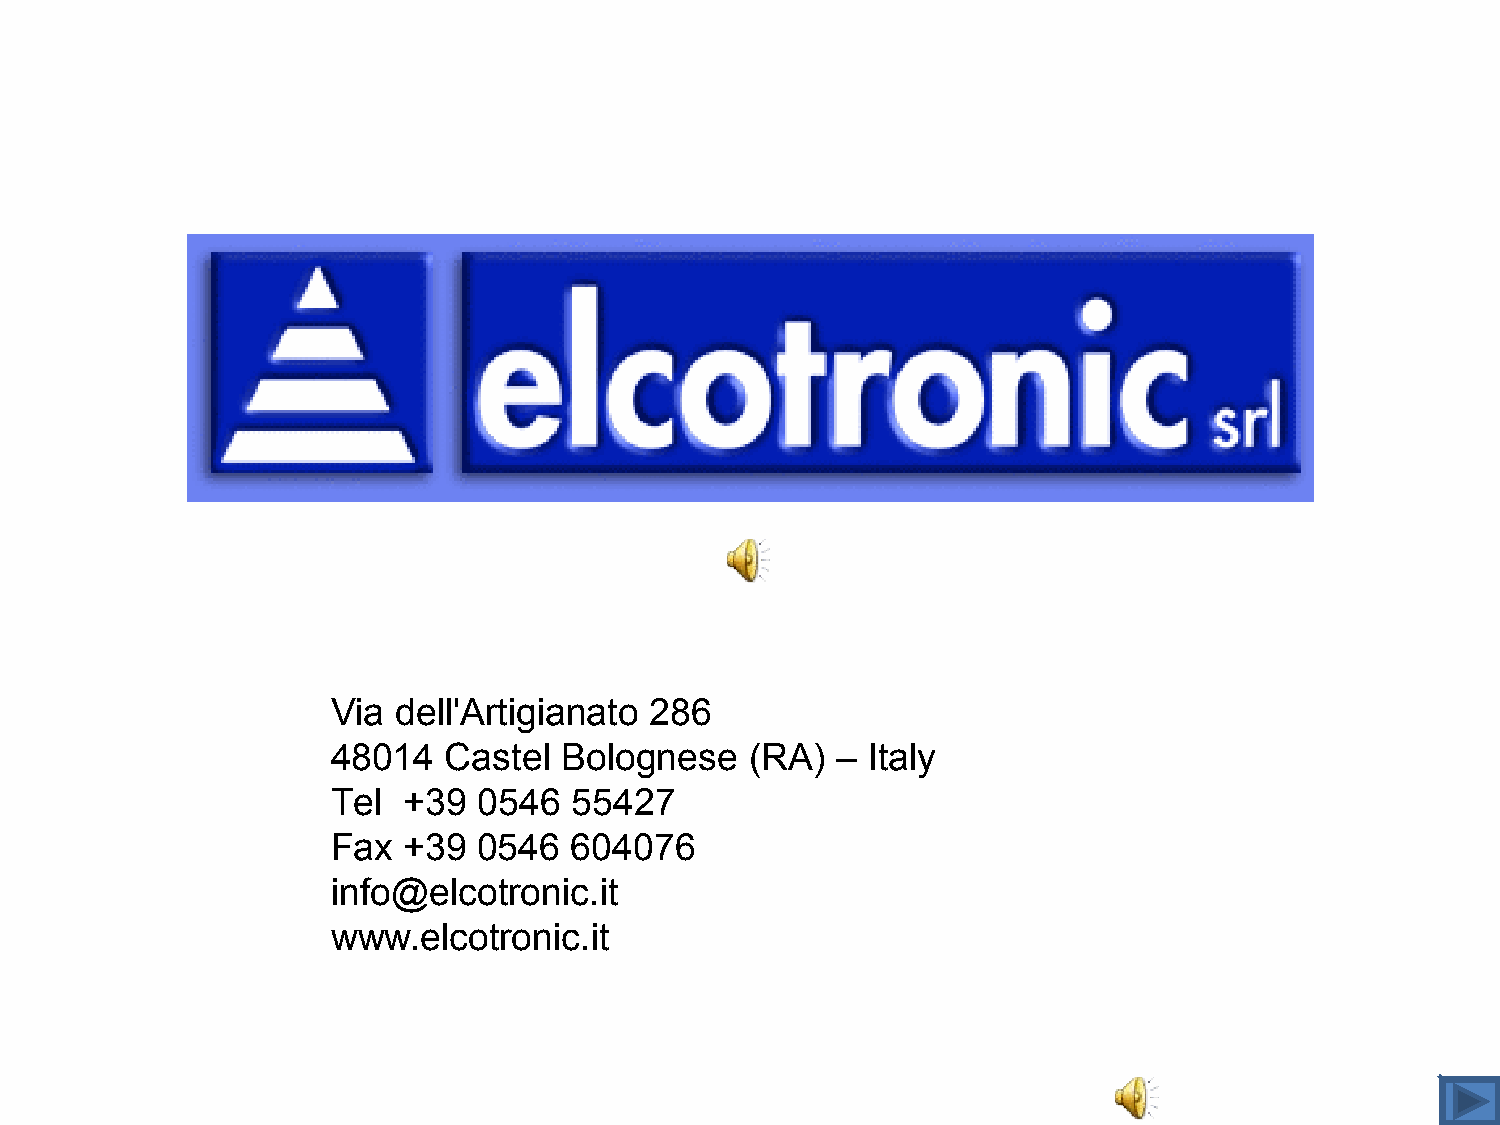
ELCOTRONIC
 Via dell'Artigianato 286
 48014  Castel  Bolognese    (RA) – Italy
 Tel  +39  0546  55427
 Fax  +39  0546  604076
 info@elcotronic.it
 www.elcotronic.it